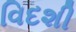
વિદશી